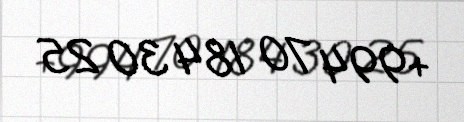
+994 70 184 30 25